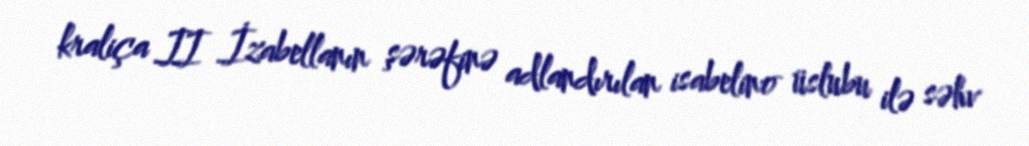
kraliça II İzabellanın şərəfinə adlandırılan isabelino üslubu ilə səhv